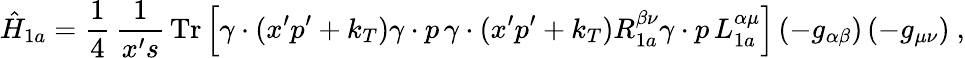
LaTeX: \hat{H}_{1a}=\frac{1}{4}\, \frac{1}{x^{\prime}s}\, \mathrm{Tr}\left[\gamma\cdot(x^{\prime}p^{\prime}+k_{T})\gamma\cdot p\, \gamma\cdot(x^{\prime}p^{\prime}+k_{T})R_{1a}^{\beta\nu}\gamma\cdot p\, L_{1a}^{\alpha\mu}\right]\left(-g_{\alpha\beta}\right)\left(-g_{\mu\nu}\right)\ ,